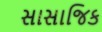
સાસાજિક